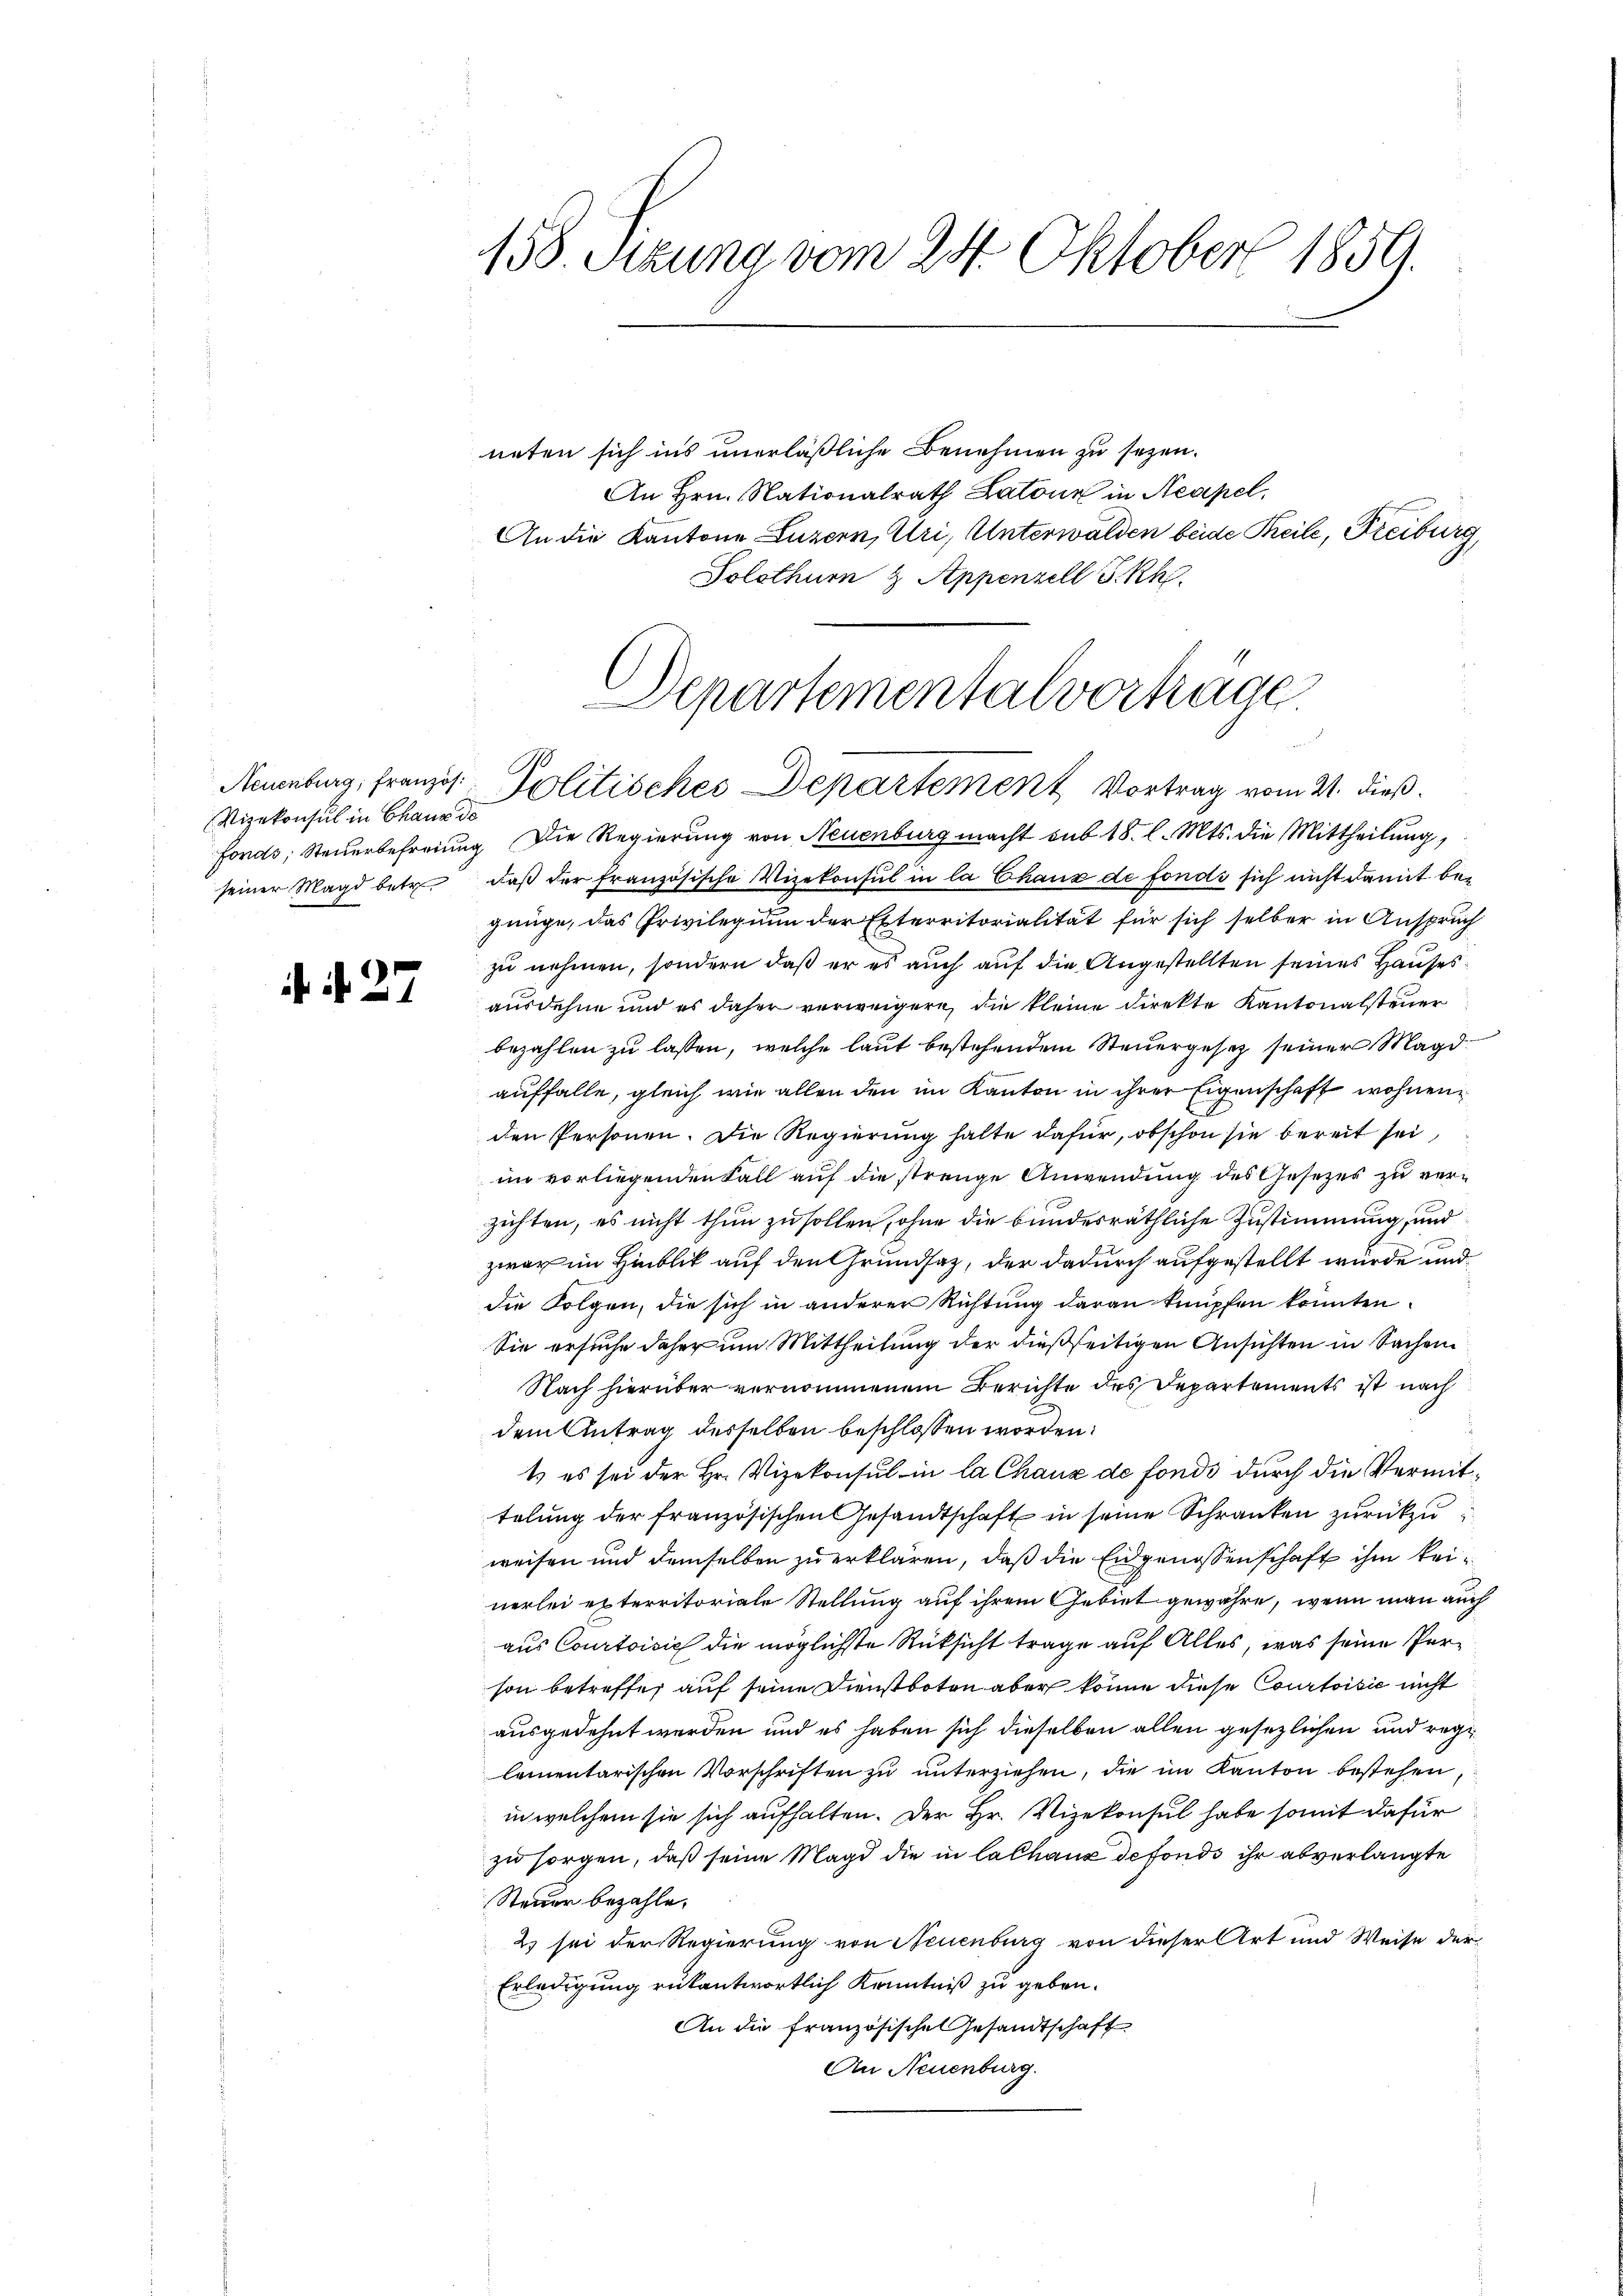
Vizekonsul in Chaus de

. N. 27.

158. Setzung vom 24. Oktober 1859.

neten sich ins unerläßliche Benehmen zu sezen.
An Hrn. Nationalrath Latone in Neapel,
An die Kantone Luzern, Uri, Unterwalden beide Teile, Freiburg,
Solothur & Appenzell S. Rh.

Departementalvertrage
Nenburg, französ. Politisches Departement Vortrag vom 21. dieß.

Fonds, Steuerbefreiung. Die Regierung von Neuenburg macht sub 18. l. Mts. die Mittheilung,
seiner Magd betr. daβ der französische Vizekonsul in la Chaux de fonds sich nicht damit begnnge, das Privilegium der Exterritorialität für sich selber in Anspruch
zu nehmen, sondern daß er es auch auf die Angestellten seines Hauses
ausdehne und es daher verweigere, die kleine Direkte Kantonalsteuer
bezahlen zu lassen, welche laut bestehendem Steuergesetz seiner Magd
auffalle, gleich wie allen den im Kanton in ihrer Eigenschaft wohnen
den Personen. Die Regierung halte dafür, obschon sie bereit sei,
im vorliegenden Fall auf die strenge Anwendung des Gesezes zu verzichten, es nicht thun zu sollen, ohne die bundesräthliche Zustimmung, und
zwar im Hinblick auf den Grundsaz, der dadurch aufgestellt wurde und
die Folgen, die sich in anderer Richtung daran knüpfen konnten.
Sie ersuche daher um Mittheilung der dießseitigen Ansichten in Sachen
Nach hierüber vernommenem Berichte des Departements ist nach
dem Antrag desselben beschlossen worden.
t es sei der Hr. Vizekonsul in la Chaux de fonds durch die Vermittelung der französischen Gesandtschaft in seine Schranken zurückzuweisen und demselben zu erklären, daß die Eidgenossenschaft ihm keinerlei exterritoriale Stellung auf ihrem Gebiet gewähre, wenn man auch
aus Courtoisich die möglichste Rüksicht trage auf Alles, was seine Person betreffe, auf seine Dienstboten aber könne diese Courtoisie nicht
ausgedehnt werden und es haben sich dieselben allen gesezlichen und regi
lementarischen Vorschriften zu unterziehen, die im Kanton bestehen,
in welchem sie sich aufhalten. Der Hr. Vizekonsul habe somit dafür
zu sorgen, daß seine Magd die in lalhaux defonds ihr abverlangte
Steuer bezahle.
23 sei der Regierung von Neuenburg von dieser Art und Weise der
Erledigung rükantwortlich Kenntniß zu geben.
An die französische Gesandtschaft
An Neuenburg.